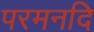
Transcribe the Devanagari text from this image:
परमनदि